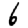
Digit: 6